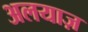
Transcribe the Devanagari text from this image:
अलयाज़